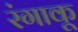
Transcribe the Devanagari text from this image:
रंगाकू